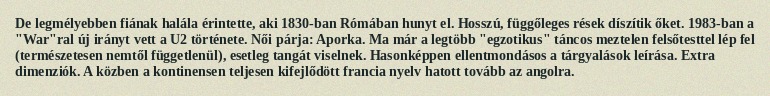
De legmélyebben fiának halála érintette, aki 1830-ban Rómában hunyt el. Hosszú, függőleges rések díszítik őket. 1983-ban a "War"ral új irányt vett a U2 története. Női párja: Aporka. Ma már a legtöbb "egzotikus" táncos meztelen felsőtesttel lép fel (természetesen nemtől függetlenül), esetleg tangát viselnek. Hasonképpen ellentmondásos a tárgyalások leírása. Extra dimenziók. A közben a kontinensen teljesen kifejlődött francia nyelv hatott tovább az angolra.